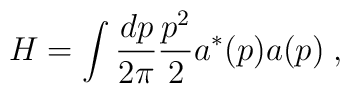
H = \int {dp \over 2\pi}{p^2\over 2}  a^*(p) a(p)  \; ,